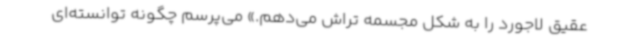
عقیق لاجورد را به شکل مجسمه تراش می‌دهم.» می‌پرسم چگونه توانسته‌ای